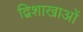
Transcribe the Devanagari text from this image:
द्विशाखाओं